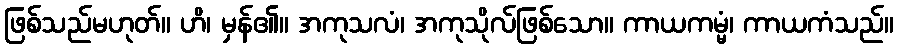
ဖြစ်သည်မဟုတ်။ ဟိ၊ မှန်၏။ အကုသလံ၊ အကုသိုလ်ဖြစ်သော။ ကာယကမ္မံ၊ ကာယကံသည်။